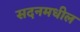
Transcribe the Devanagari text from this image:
सदनमधील